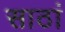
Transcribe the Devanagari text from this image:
साठां